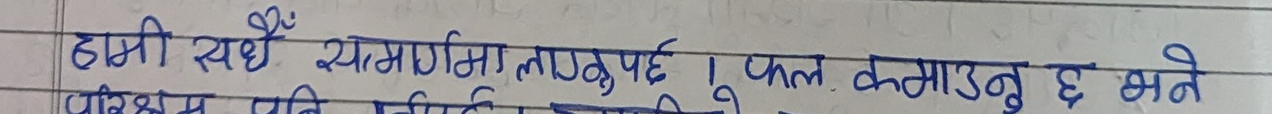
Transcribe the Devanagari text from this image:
हामी सधैँ सागमार्गमा लाग्नुपर्छ। फल कमाउनु छ भने
परिश्रम पनि निरन्तर गर्नुपर्छ।